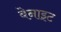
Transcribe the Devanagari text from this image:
बेनाइट